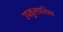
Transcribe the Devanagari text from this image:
उपकुलपतित्व